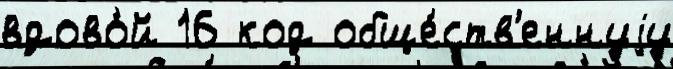
вдово́й 16 код обще́ств'еннуjу